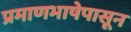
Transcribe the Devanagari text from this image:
प्रमाणभाषेपासून